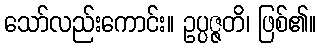
သော်လည်းကောင်း။ ဥပ္ပဇ္ဇတိ၊ ဖြစ်၏။